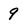
Character: 9